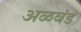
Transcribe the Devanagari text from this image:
अळवंड